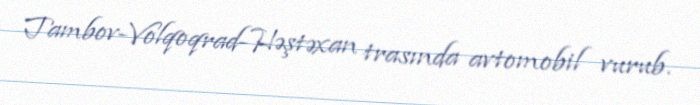
Tambov-Volqoqrad-Həştəxan trasında avtomobil vurub.